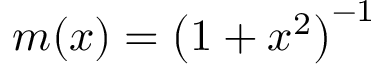
m ( x ) = \left( 1 + x ^ { 2 } \right) ^ { - 1 }